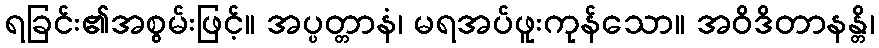
ရခြင်း၏အစွမ်းဖြင့်။ အပ္ပတ္တာနံ၊ မရအပ်ဖူးကုန်သော။ အဝိဒိတာနန္တိ၊